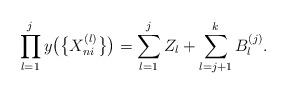
LaTeX: \begin{align*} \prod_{l=1}^{j}y\big(\bigl\{X_{ni}^{(l)}\bigr\}\big)=\sum_{l=1}^{j}Z_l+\sum_{l=j+1}^kB_l^{(j)}. \end{align*}